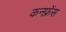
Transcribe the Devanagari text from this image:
कनफ्रेंस